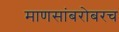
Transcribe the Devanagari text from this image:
माणसांबरोबरच